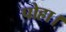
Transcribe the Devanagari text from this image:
पोहा।